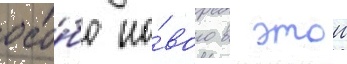
осо́бо но́вого в этои